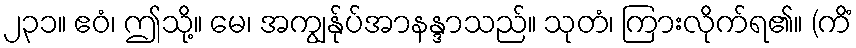
၂၃၁။ ဧဝံ၊ ဤသို့။ မေ၊ အကျွန်ုပ်အာနန္ဒာသည်။ သုတံ၊ ကြားလိုက်ရ၏။ (ကိံ